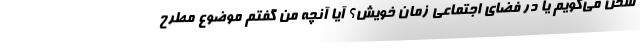
سخن مى‌گويم يا در فضاى اجتماعى زمان خويش؟ آيا آنچه من گفتم موضوع مطرح